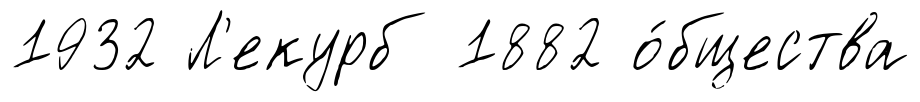
1932 Л'екурб 1882 о́бщества